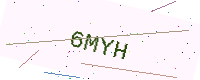
Text: 6MYH